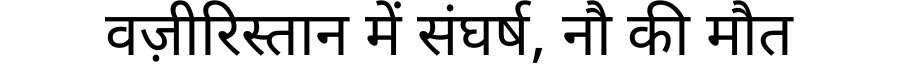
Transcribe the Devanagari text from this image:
वज़ीरिस्तान में संघर्ष, नौ की मौत